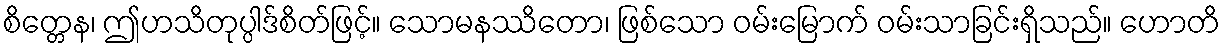
စိတ္တေန၊ ဤဟသိတုပ္ပါဒ်စိတ်ဖြင့်။ သောမနဿိတော၊ ဖြစ်သော ဝမ်းမြောက် ဝမ်းသာခြင်းရှိသည်။ ဟောတိ